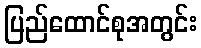
ပြည်ထောင်စုအတွင်း